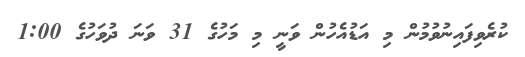
ކުރެވިފައިނުވުމުން މި އަޑުއެހުން ވަނީ މި މަހުގެ 31 ވަނަ ދުވަހުގެ 1:00